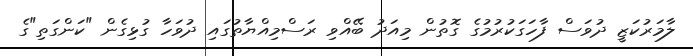
ލާމަރުކަޒީ ދުވަސް ފާހަގަކުރުމުގެ ގޮތުން މިއަދު ބޭއްވި ރަސްމިއްޔާތުގައި ދުވަހާ ގުޅިގެން "ކަންގަތި"ގެ